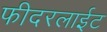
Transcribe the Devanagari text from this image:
फीदरलाईट